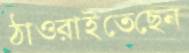
ঠাওরাইতেছেন